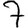
Digit: 7